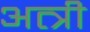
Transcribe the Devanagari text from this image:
अत्त्री